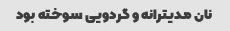
نان مدیترانه و گردویی سوخته بود